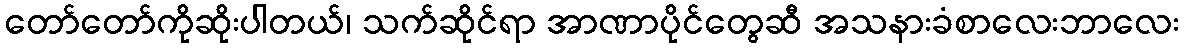
တော်တော်ကိုဆိုးပါတယ်၊ သက်ဆိုင်ရာ အာဏာပိုင်တွေဆီ အသနားခံစာလေးဘာလေး